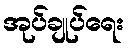
အုပ်ချုပ်ရေး